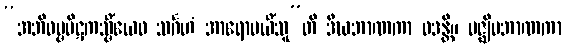
“အဘိဓမ္မပိဋကသ္မိံယေဝ သင်္ဂဟံ အာရောပယိံသူ”တိ ဒီဃဘာဏကာ ဝဒန္တိ။ မဇ္ဈိမဘာဏကာ